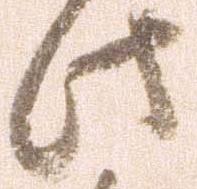
此